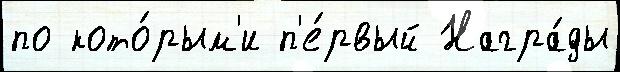
по кото́рым'и п'е́рвый Награ́ды